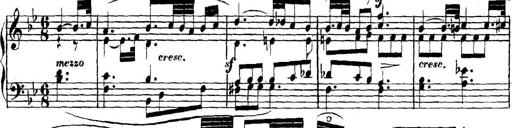
Title: Collected Piano Sonatas
Composer: Muzio Clementi